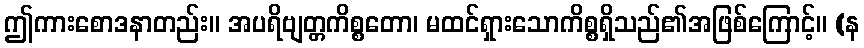
ဤကားစောဒနာတည်း။ အပရိဗျတ္တကိစ္စတော၊ မထင်ရှားသောကိစ္စရှိသည်၏အဖြစ်ကြောင့်။ (န